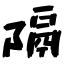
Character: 隔